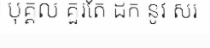
បុគ្គល គួរតែ ដក នូវ សរ